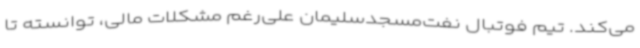
می‌کند. تیم فوتبال نفت‌مسجدسلیمان علی‌رغم مشکلات مالی، توانسته تا